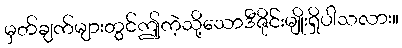
မှတ်ချက်များတွင်ဤကဲ့သို့သောဒီဇိုင်းမျိုးရှိပါသလား။